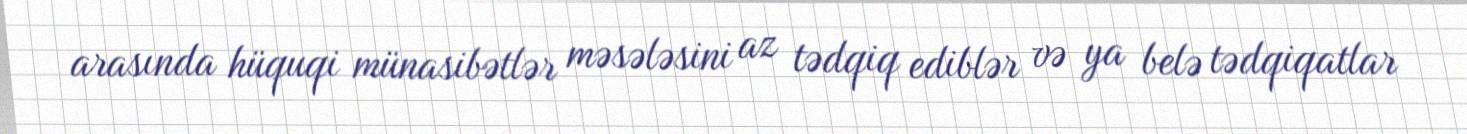
arasında hüquqi münasibətlər məsələsini az tədqiq ediblər və ya belə tədqiqatlar